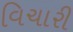
વિચારી